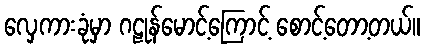
လှေကားခုံမှာ ဂဠုန်မောင့်ကြောင့် စောင့်တော့တယ်။